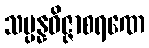
သမ္ပန္နဝိဇ္ဇာစရဏေ